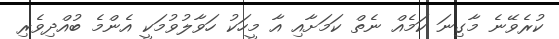
ކުރެވޭނެ މާގިނަ ކަމެއް ނެތް ކަމަށާއި އާ މީހަކު ހަވާލުވުމަކީ އެންމެ ބުއްދިވެރި